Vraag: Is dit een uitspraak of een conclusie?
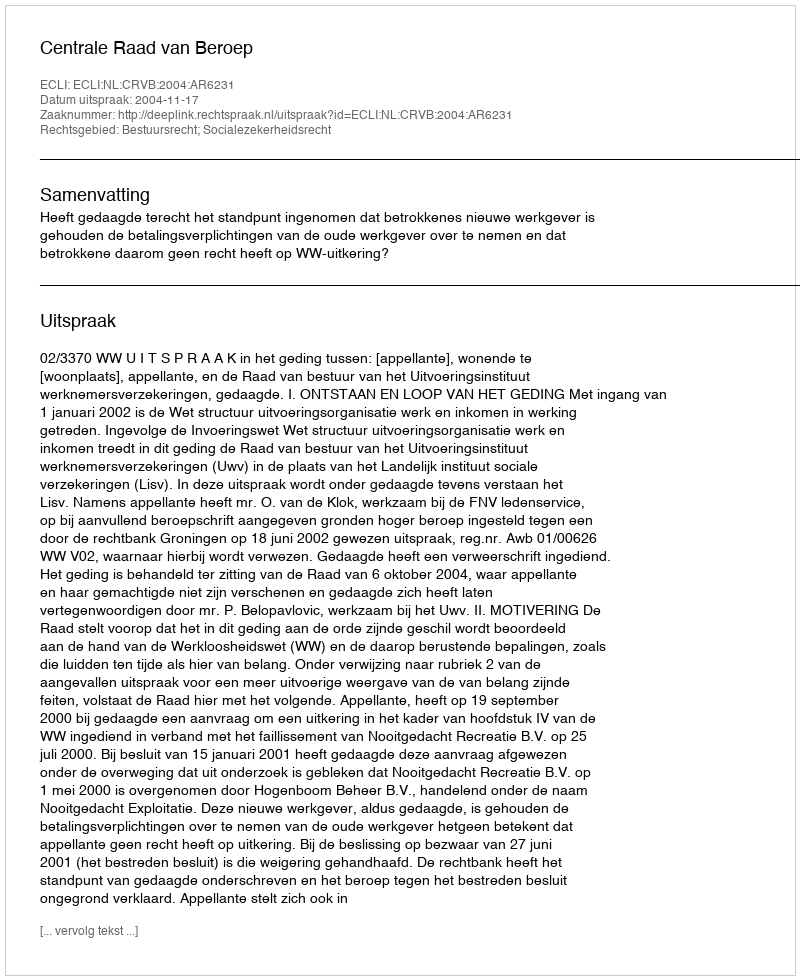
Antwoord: Uitspraak